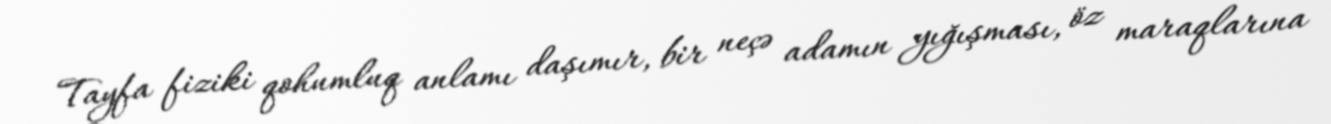
Tayfa fiziki qohumluq anlamı daşımır, bir neçə adamın yığışması, öz maraqlarına